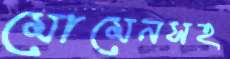
মোমেনসহ